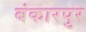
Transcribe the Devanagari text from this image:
बंकारपुर